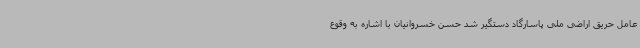
عامل حریق اراضی ملی پاسارگاد دستگیر شد حسن خسروانیان با اشاره به وقوع